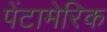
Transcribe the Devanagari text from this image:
पेंटामेरिक